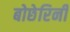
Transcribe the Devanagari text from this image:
बोछेरिनी